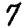
Digit: 7